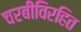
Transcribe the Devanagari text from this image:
चरबीविरहित